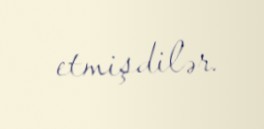
etmişdilər.